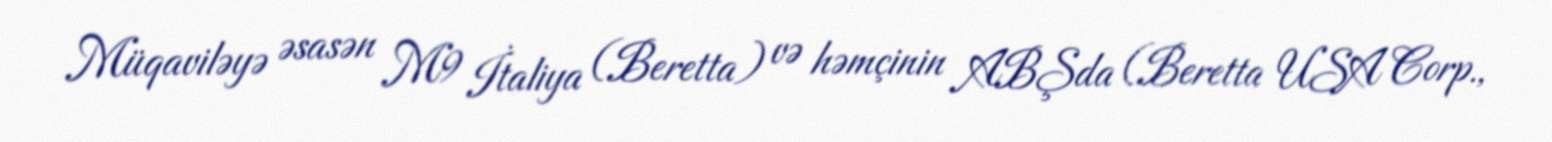
Müqaviləyə əsasən M9 İtaliya (Beretta) və həmçinin ABŞda (Beretta USA Corp.,